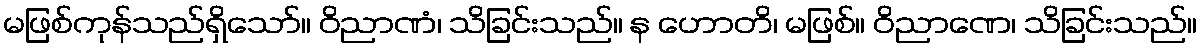
မဖြစ်ကုန်သည်ရှိသော်။ ဝိညာဏံ၊ သိခြင်းသည်။ န ဟောတိ၊ မဖြစ်။ ဝိညာဏေ၊ သိခြင်းသည်။